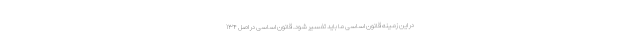
در این زمینه قانون اساسی ما باید تفسیر شود. قانون اساسی در اصل ۱۳۴